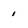
Character: 1